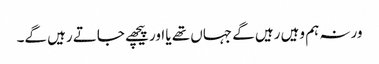
ورنہ ہم وہیں رہیں گے جہاں تھے یا اور پیچھے جاتے رہیں گے۔